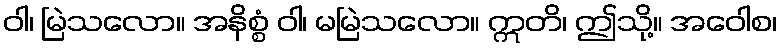
ဝါ၊ မြဲသလော။ အနိစ္စံ ဝါ၊ မမြဲသလော။ ဣတိ၊ ဤသို့။ အဝေါစ၊